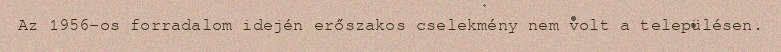
Az 1956-os forradalom idején erőszakos cselekmény nem volt a településen.